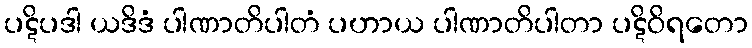
ပဋိပဒါ ယဒိဒံ ပါဏာတိပါတံ ပဟာယ ပါဏာတိပါတာ ပဋိဝိရတော